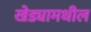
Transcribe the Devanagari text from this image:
खेड्यामधील